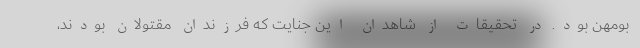
بومهن بود. در تحقیقات از شاهدان این جنایت که فرزندان مقتولان بودند،